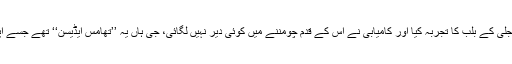
ماں کا یہی لاڈلا بیٹا ہے جو آج پوری دنیا میں مشہور ومعروف ہے، انہوں نے بجلی کے بلب کا تجربہ کیا اور کامیابی نے اس کے قدم چومننے میں کوئی دیر نہیں لگائی، جی ہاں یہ ’’تھامس ایڈیسن‘‘ تھے جسے اپنی ماں کے دیے ہوئے حوصلہ نے وہ کام کرایا جس کا بظاہر وہ حقدار نہیں تھا۔